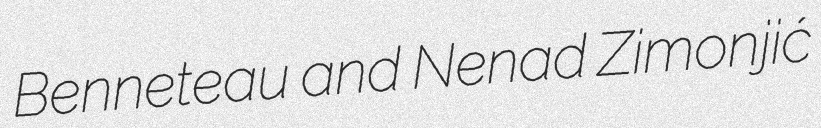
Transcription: Benneteau and Nenad Zimonjić